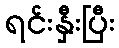
ရင်းနှီးပြီး